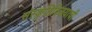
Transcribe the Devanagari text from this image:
संस्कृतिविजयाची